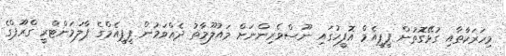
މިހަރަކާތާއި ގުޅޭގޮތުން ޕީޕީއެމް އޮފީހުގައި ނޫސްވެރިންނަށް މައުލޫމާތު ދެއްވަމުން ޕީޕީއެމްގެ ޕާލަމަންޓްރީ ގްރޫޕްގެ